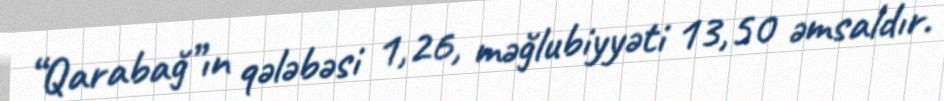
“Qarabağ”ın qələbəsi 1,26, məğlubiyyəti 13,50 əmsaldır.